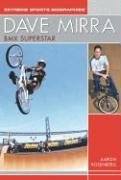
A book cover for Dave Mirra: BMX Superstar (Extreme Sports Biographies); Aaron Rosenberg; Children's Books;